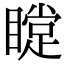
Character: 𥊰